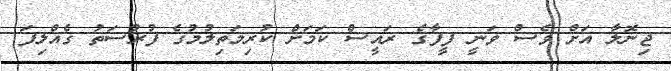
ޖިނޮލާ އަށް ވެސް ވަނީ ފީފާގެ ރައީސް ކަމަށް ކުރިމަތިލުމުގެ ފުުރުސަތު ގެއްލިފަ